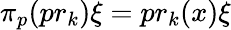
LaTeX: \pi_{p}(pr_{k})\xi=pr_{k}(x)\xi